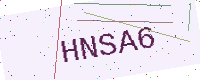
Text: HNSA6